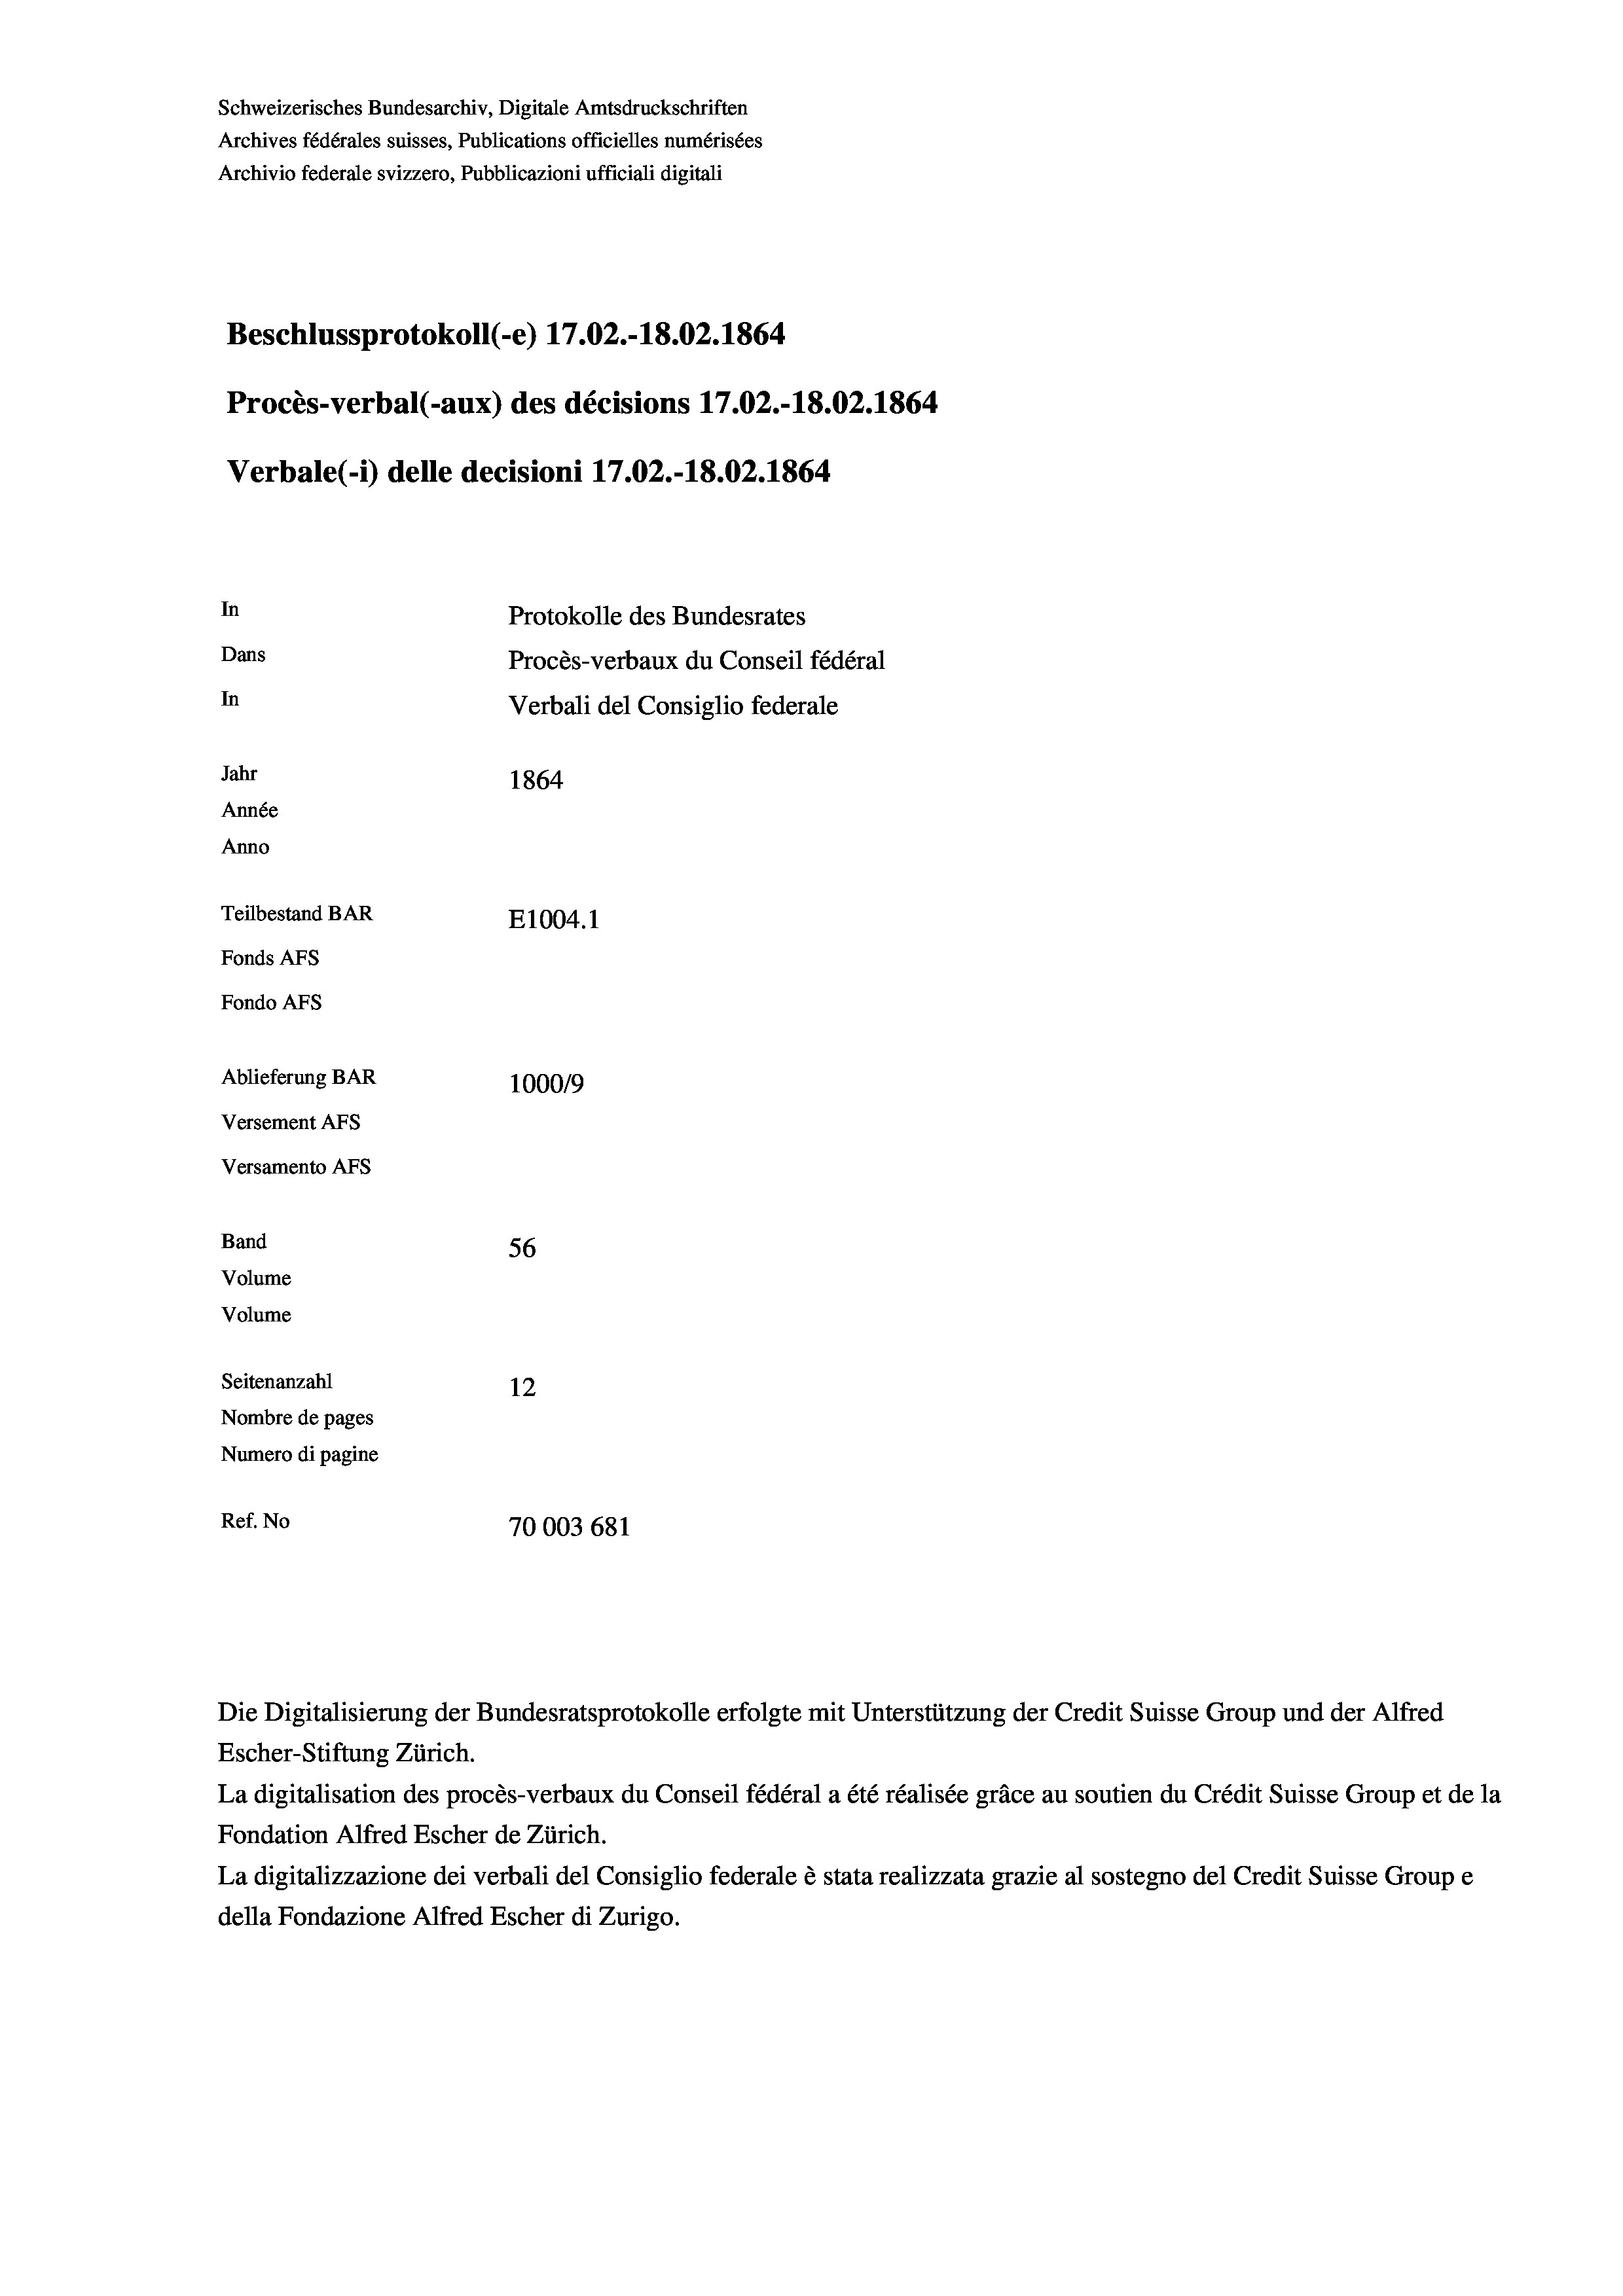
In
Protokolle des Bundesrates
Dans
Procès-verbaux du Conseil fédéral
In
Verbali del Consiglio federale
Jahr
1864
Année
Anno
Teilbestand BAR
E1004. 1
Fonds AFs
Fondo AFs

Schweizerisches Bundesarchiv, Digitale Amtsdruckschriften
Archives fédérales suisses, Publications officielles numérisées
Archivio federale svizzero, Pubblicazioni ufficiali digitali

Beschlussprotokoll (-e) 17.02.-18.02. 1864

Ablieferung BAR
100019
Versement AFs
Versamento AFs
Band
56
Volume
Volume
Seitenanzahl
12
Nombre de pages
Numero di pagine

Procès-verbal (-aux) des décisions 17.02.-18.02. 1864
Verbale (1) delle decisioni 17.02.-18.02. 1864

Ref. No
70003 681

Escher-Stiftung Zürich.
La digitalisation des procès-verbaux du Conseil fédéral a été réalisée gräce au soutien du Crédit Suisse Group et de la
Fondation Alfred Escher de Zürich.
La digitalizzazione dei verbali del Consiglio federale è stata realizzata grazie al sostegno del Credit Suisse Groupe
della Fondazione Alfred Escher di Zurigo.

Die Digitalisierung der Bundesratsprotokolle erfolgte mit Unterstützung der Credit Suisse Group und der Alfred